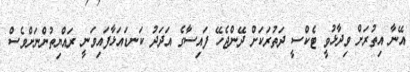
އޭނާ އިތުރަށް ވިދާޅުވީ ޓެކްސީ ދަތުރަކަށް ދޭންޖެހޭ ފައިސާގެ އަދަދު ކަނޑައަޅާފައިވަނީ ރައްޔިތުންނަށްވެސް